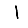
Digit: 1